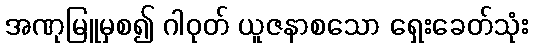
အဏုမြူမှစ၍ ဂါဝုတ် ယူဇနာစသော ရှေးခေတ်သုံး